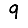
Digit: 9